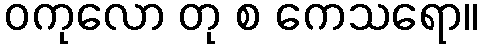
ဝကုလော တု စ ကေသရော။